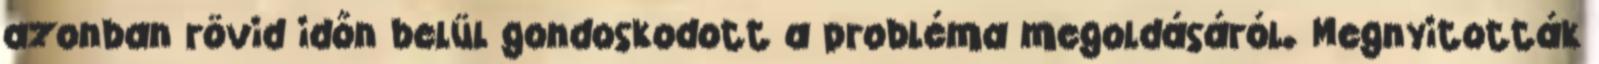
azonban rövid időn belül gondoskodott a probléma megoldásáról. Megnyitották